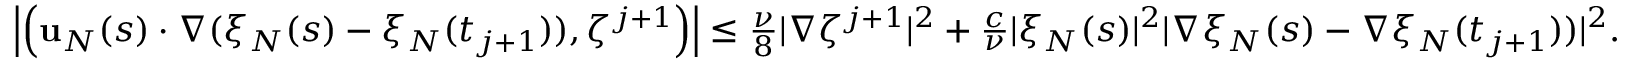
\begin{array} { r } { \left| \left( \mathbf { u } _ { N } ( s ) \cdot \nabla ( \xi _ { N } ( s ) - \xi _ { N } ( t _ { j + 1 } ) ) , \zeta ^ { j + 1 } \right) \right| \leq \frac { \nu } { 8 } | \nabla \zeta ^ { j + 1 } | ^ { 2 } + \frac { c } { \nu } | \xi _ { N } ( s ) | ^ { 2 } | \nabla \xi _ { N } ( s ) - \nabla \xi _ { N } ( t _ { j + 1 } ) ) | ^ { 2 } . } \end{array}